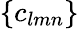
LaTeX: \{ c_{lmn}\}